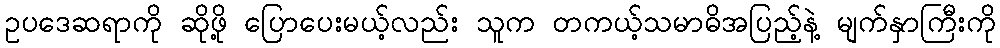
ဥပဒေဆရာကို ဆိုဖို့ ပြောပေးမယ့်လည်း သူက တကယ့်သမာဓိအပြည့်နဲ့ မျက်နှာကြီးကို